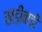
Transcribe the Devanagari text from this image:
खड़ीबाड़ी